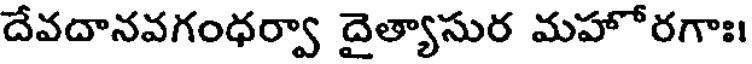
దేవదానవగంధర్వా దైత్యాసుర మహోరగాః।